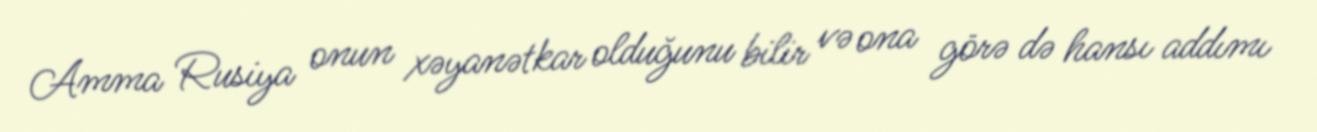
Amma Rusiya onun xəyanətkar olduğunu bilir və ona görə də hansı addımı